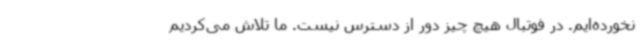
نخورده‌ایم. در فوتبال هیچ چیز دور از دسترس نیست. ما تلاش می‌کردیم